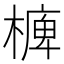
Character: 㯅